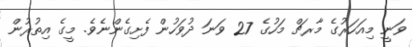
ވަނީ މިއަހަރުގެ މާރޗް މަހުގެ 27 ވަނަ ދުވަހުން ފެށިގެންނެވެ. މީގެ އިތުރުން